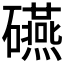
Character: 𥗕